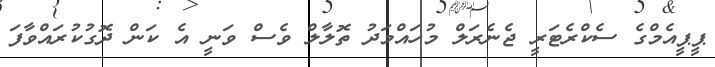
ޕީޕީއެމްގެ ސެކްރެޓަރީ ޖެނެރަލް މުހައްމަދު ތޮލާލް ވެސް ވަނީ އެ ކަން ދޮގުކުރައްވާފަ